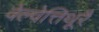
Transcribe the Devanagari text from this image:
वेल्वेत्तिथूरै